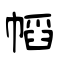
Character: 幍